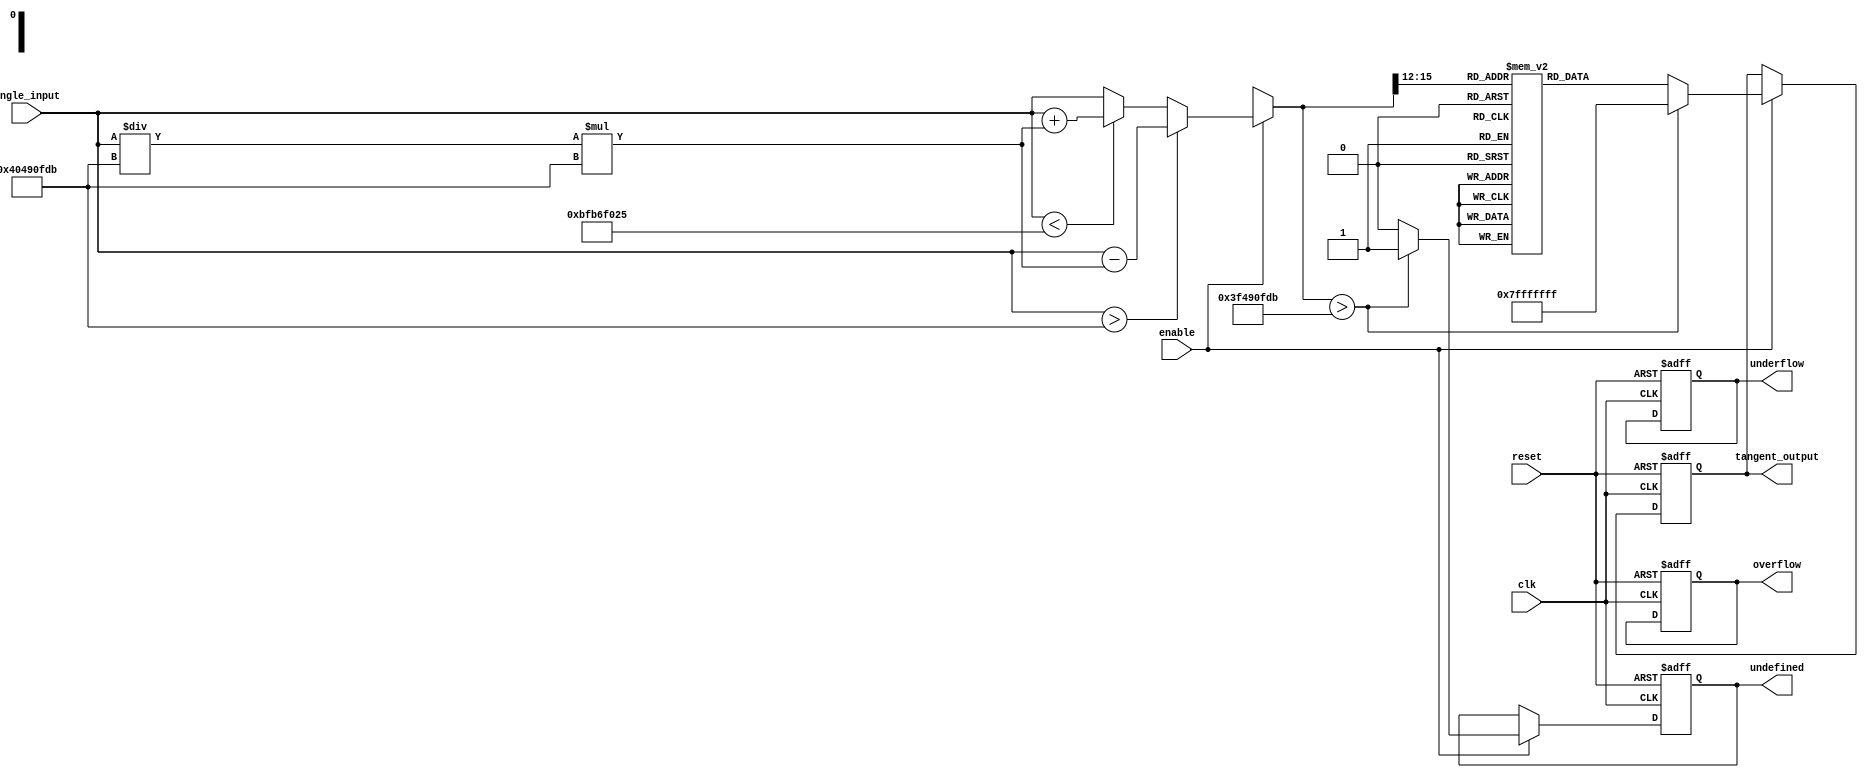
module tangent_arithmetic_block (
    input wire [15:0] angle_input,  // Fixed-point angle input (in radians)
    input wire clk,                  // Clock signal
    input wire reset,                // Reset signal
    input wire enable,               // Enable signal
    output reg [31:0] tangent_output, // Floating-point tangent output
    output reg overflow,             // Overflow flag
    output reg underflow,            // Underflow flag
    output reg undefined             // Undefined value flag
);

    // Parameters for range reduction
    parameter PI = 32'h40490fdb; // Approximation of 
    parameter PI_OVER_2 = 32'h3f490fdb; // Approximation of /2

    // Lookup Table (LUT) for tangent values
    reg [31:0] tan_lut [0:15]; // Example LUT size of 16
    initial begin
        // Initialize LUT with precomputed tangent values
        tan_lut[0] = 32'h00000000; // tan(0)
        tan_lut[1] = 32'h3f490fdb; // tan(/4)
        tan_lut[2] = 32'h3f800000; // tan(/2) - undefined
        // ... (fill in other values)
    end

    // Internal signals
    reg [15:0] reduced_angle;
    reg [31:0] tan_value;
    reg [3:0] lut_index;

    // State Machine for processing
    always @(posedge clk or posedge reset) begin
        if (reset) begin
            tangent_output <= 32'b0;
            overflow <= 0;
            underflow <= 0;
            undefined <= 0;
        end else if (enable) begin
            // Range reduction logic
            if (angle_input > PI) begin
                reduced_angle = angle_input - (angle_input / PI) * PI; // Reduce to [0, ]
            end else if (angle_input < -PI) begin
                reduced_angle = angle_input + (angle_input / PI) * PI; // Reduce to [0, ]
            end else begin
                reduced_angle = angle_input;
            end

            // Check for undefined values
            if (reduced_angle > PI_OVER_2) begin
                undefined <= 1;
                tangent_output <= 32'h7FFFFFFF; // Set to max for undefined
            end else begin
                undefined <= 0;

                // Lookup table index calculation
                lut_index = reduced_angle[15:12]; // Simplified index calculation

                // Fetch tangent value from LUT
                tan_value = tan_lut[lut_index];

                // Output the tangent value
                tangent_output <= tan_value;
            end
        end
    end

endmodule